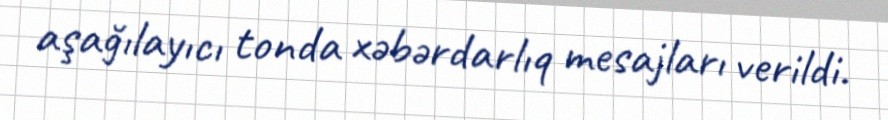
aşağılayıcı tonda xəbərdarlıq mesajları verildi.